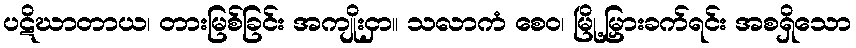
ပဋိဃာတာယ၊ တားမြစ်ခြင်း အကျိုးငှာ။ သလာကံ စေဝ၊ မြို့မြှားခက်ရင်း အစရှိသော